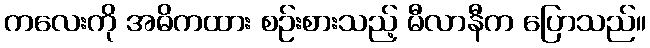
ကလေးကို အဓိကထား စဉ်းစားသည့် မီလာနီက ပြောသည်။